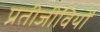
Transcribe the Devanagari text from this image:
प्रतीजीवियों